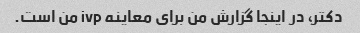
دکتر، در اینجا گزارش من برای معاینه ivp من است.